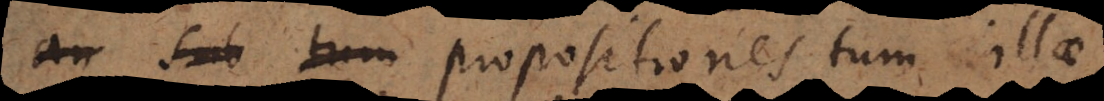
examinabuntur propositiones, tum illae